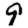
Digit: 9